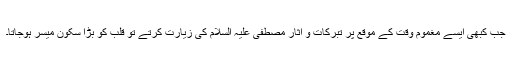
جب کبھی ایسے مغموم وقت کے موقع پر تبرکات و اٰثار مصطفی علیہ السلام کی زیارت کرتے تو قلب کو بڑا سکون میسر ہوجاتا۔